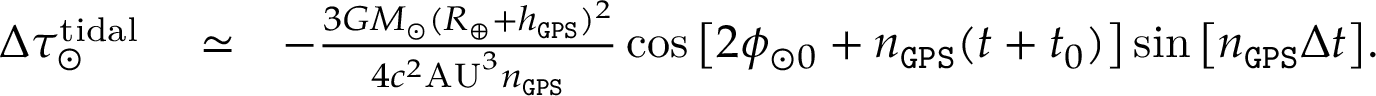
\begin{array} { r l r } { \Delta \tau _ { \odot } ^ { \mathrm { t i d a l } } } & { { } \simeq } & { - \frac { 3 G M _ { \odot } ( R _ { \oplus } + h _ { \tt G P S } ) ^ { 2 } } { 4 c ^ { 2 } \mathrm { A U } ^ { 3 } n _ { \tt G P S } } \cos \big [ 2 \phi _ { \odot 0 } + n _ { \tt G P S } ( t + t _ { 0 } ) \big ] \sin \big [ n _ { \tt G P S } \Delta t \big ] . } \end{array}